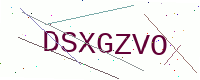
Text: DSXGZVO